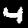
Label: 4